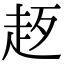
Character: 𧺰